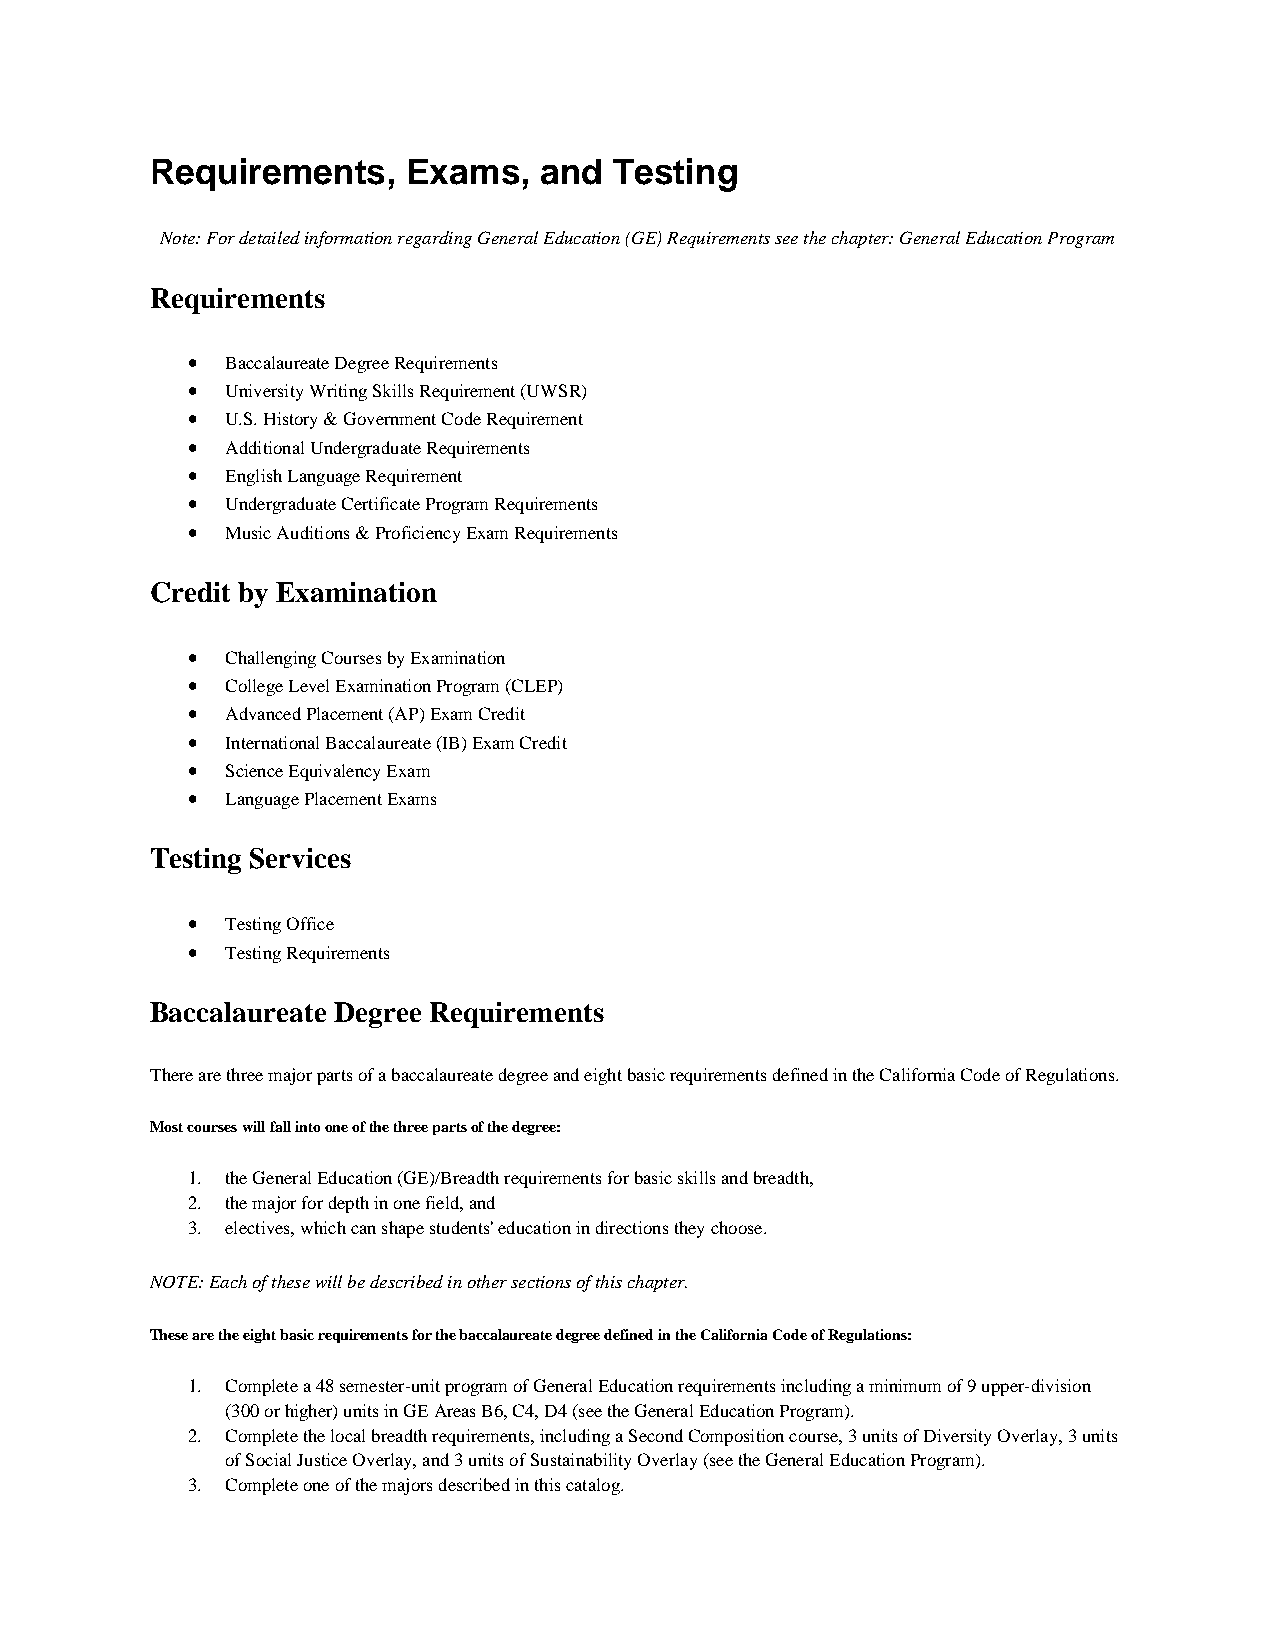
Requirements,    Exams,   and  Testing
 Note: For detailed information regarding General Education (GE) Requirements see the chapter: General Education Program
 Requirements
 •  Baccalaureate Degree Requirements
 •  University Writing Skills Requirement (UWSR)
 •  U.S. History & Government Code Requirement
 •  Additional Undergraduate Requirements
 •  English Language Requirement
 •  Undergraduate Certificate Program Requirements
 •  Music Auditions & Proficiency Exam Requirements
 Credit by Examination
 •  Challenging Courses by Examination
 •  College Level Examination Program (CLEP)
 •  Advanced Placement (AP) Exam Credit
 •  International Baccalaureate (IB) Exam Credit
 •  Science Equivalency Exam
 •  Language Placement Exams
 Testing Services
 •  Testing Office
 •  Testing Requirements
 Baccalaureate Degree Requirements
 There are three major parts of a baccalaureate degree and eight basic requirements defined in the California Code of Regulations.
 Most courses will fall into one of the three parts of the degree:
 1. the General Education (GE)/Breadth requirements for basic skills and breadth,
 2. the major for depth in one field, and
 3. electives, which can shape students' education in directions they choose.
 NOTE: Each of these will be described in other sections of this chapter.
 These are the eight basic requirements for the baccalaureate degree defined in the California Code of Regulations:
 1. Complete a 48 semester-unit program of General Education requirements including a minimum of 9 upper-division
 (300 or higher) units in GE Areas B6, C4, D4 (see the General Education Program).
 2. Complete the local breadth requirements, including a Second Composition course, 3 units of Diversity Overlay, 3 units
 of Social Justice Overlay, and 3 units of Sustainability Overlay (see the General Education Program).
 3. Complete one of the majors described in this catalog.